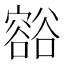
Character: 𧯉